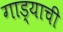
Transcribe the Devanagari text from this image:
गाड्याची